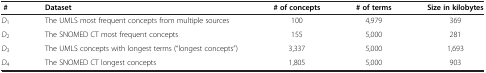
<table><thead><tr><td><b>#</b></td><td><b>Dataset</b></td><td><b># of concepts</b></td><td><b># of terms</b></td><td><b>Size in kilobytes</b></td></tr></thead><tbody><tr><td><i>D</i><sub>1</sub></td><td>The UMLS most frequent concepts from multiple sources</td><td>100</td><td>4,979</td><td>369</td></tr><tr><td><i>D</i><sub>2</sub></td><td>The SNOMED CT most frequent concepts</td><td>155</td><td>5,000</td><td>281</td></tr><tr><td><i>D</i><sub>3</sub></td><td>The UMLS concepts with longest terms (“longest concepts”)</td><td>3,337</td><td>5,000</td><td>1,693</td></tr><tr><td><i>D</i><sub>4</sub></td><td>The SNOMED CT longest concepts</td><td>1,805</td><td>5,000</td><td>903</td></tr></tbody></table>